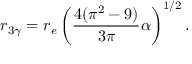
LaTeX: r _ { 3 \gamma } = r _ { e } \left( { \frac { 4 ( \pi ^ { 2 } - 9 ) } { 3 \pi } } \alpha \right) ^ { 1 / 2 } .